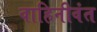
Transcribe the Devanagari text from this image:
वाहिनीवंत